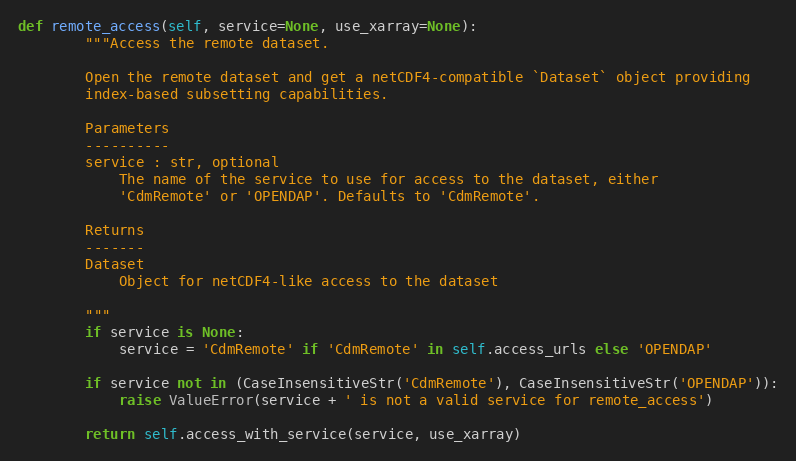
Language: Python
def remote_access(self, service=None, use_xarray=None):
        """Access the remote dataset.

        Open the remote dataset and get a netCDF4-compatible `Dataset` object providing
        index-based subsetting capabilities.

        Parameters
        ----------
        service : str, optional
            The name of the service to use for access to the dataset, either
            'CdmRemote' or 'OPENDAP'. Defaults to 'CdmRemote'.

        Returns
        -------
        Dataset
            Object for netCDF4-like access to the dataset

        """
        if service is None:
            service = 'CdmRemote' if 'CdmRemote' in self.access_urls else 'OPENDAP'

        if service not in (CaseInsensitiveStr('CdmRemote'), CaseInsensitiveStr('OPENDAP')):
            raise ValueError(service + ' is not a valid service for remote_access')

        return self.access_with_service(service, use_xarray)